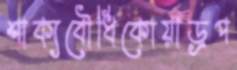
শাক্যবৌধিকোয়াড্রপ